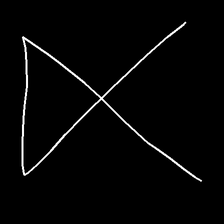
Glyph: collection